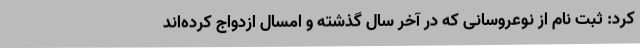
کرد: ثبت نام از نوعروسانی که در آخر سال گذشته و امسال ازدواج کرده‌اند